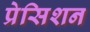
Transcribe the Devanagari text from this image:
प्रेसिशन